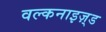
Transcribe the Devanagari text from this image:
वल्कनाइज़्ड